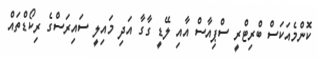
ކޮންމެއަކަސް ބްރިޓްރީ ސްޕިއާސް އާއި ލޭޑީ ގާގާ އަދި މައިލީ ސައިރަސްގެ ރިކޯޑްތައް